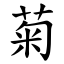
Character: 菊